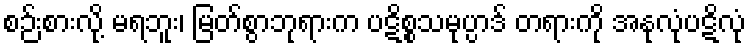
စဉ်းစားလို့ မရဘူး၊ မြတ်စွာဘုရားက ပဋိစ္စသမုပ္ပာဒ် တရားကို အနုလုံပဋိလုံ